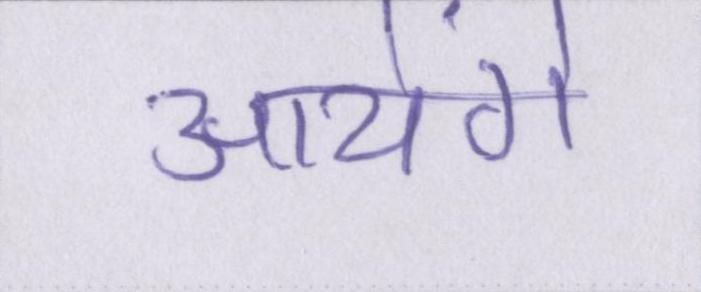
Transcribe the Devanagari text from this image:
आयेंगे